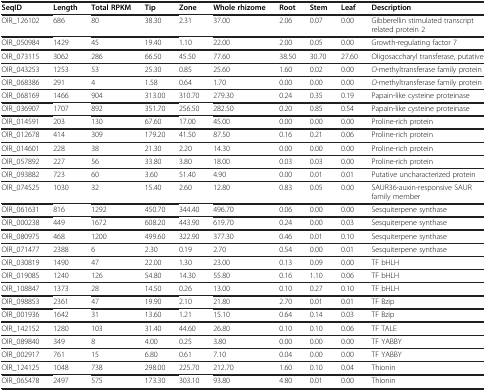
<table><thead><tr><td><b>SeqID</b></td><td><b>Length</b></td><td><b>Total RPKM</b></td><td><b>Tip</b></td><td><b>Zone</b></td><td><b>Whole rhizome</b></td><td><b>Root</b></td><td><b>Stem</b></td><td><b>Leaf</b></td><td><b>Description</b></td></tr></thead><tbody><tr><td>OlR_126102</td><td>686</td><td>80</td><td>38.30</td><td>2.31</td><td>37.00</td><td>2.06</td><td>0.07</td><td>0.00</td><td>Gibberellin stimulated transcript related protein 2</td></tr><tr><td>OlR_050984</td><td>1429</td><td>45</td><td>19.40</td><td>1.10</td><td>22.00</td><td>2.00</td><td>0.05</td><td>0.00</td><td>Growth-regulating factor 7</td></tr><tr><td>OlR_073115</td><td>3062</td><td>286</td><td>66.50</td><td>45.50</td><td>77.60</td><td>38.50</td><td>30.70</td><td>27.60</td><td>Oligosaccharyl transferase, putative</td></tr><tr><td>OlR_043253</td><td>1253</td><td>53</td><td>25.30</td><td>0.85</td><td>25.60</td><td>1.60</td><td>0.02</td><td>0.00</td><td><i>O</i>-methyltransferase family protein</td></tr><tr><td>OlR_068386</td><td>291</td><td>4</td><td>1.58</td><td>0.64</td><td>1.70</td><td>0.00</td><td>0.00</td><td>0.00</td><td><i>O</i>-methyltransferase family protein</td></tr><tr><td>OlR_068169</td><td>1466</td><td>904</td><td>313.00</td><td>310.70</td><td>279.30</td><td>0.24</td><td>0.35</td><td>0.19</td><td>Papain-like cysteine proteinase</td></tr><tr><td>OlR_036907</td><td>1707</td><td>892</td><td>351.70</td><td>256.50</td><td>282.50</td><td>0.20</td><td>0.85</td><td>0.54</td><td>Papain-like cysteine proteinase</td></tr><tr><td>OlR_014591</td><td>203</td><td>130</td><td>67.60</td><td>17.00</td><td>45.00</td><td>0.00</td><td>0.00</td><td>0.00</td><td>Proline-rich protein</td></tr><tr><td>OlR_012678</td><td>414</td><td>309</td><td>179.20</td><td>41.50</td><td>87.50</td><td>0.16</td><td>0.21</td><td>0.06</td><td>Proline-rich protein</td></tr><tr><td>OlR_014601</td><td>228</td><td>38</td><td>21.30</td><td>2.20</td><td>14.30</td><td>0.00</td><td>0.00</td><td>0.00</td><td>Proline-rich protein</td></tr><tr><td>OlR_057892</td><td>227</td><td>56</td><td>33.80</td><td>3.80</td><td>18.00</td><td>0.03</td><td>0.03</td><td>0.00</td><td>Proline-rich protein</td></tr><tr><td>OlR_093882</td><td>723</td><td>60</td><td>3.60</td><td>51.40</td><td>4.90</td><td>0.00</td><td>0.01</td><td>0.01</td><td>Putative uncharacterized protein</td></tr><tr><td>OlR_074525</td><td>1030</td><td>32</td><td>15.40</td><td>2.60</td><td>12.80</td><td>0.83</td><td>0.05</td><td>0.00</td><td>SAUR36-auxin-responsive SAUR family member</td></tr><tr><td>OlR_061631</td><td>816</td><td>1292</td><td>450.70</td><td>344.40</td><td>496.70</td><td>0.06</td><td>0.00</td><td>0.00</td><td>Sesquiterpene synthase</td></tr><tr><td>OlR_000238</td><td>449</td><td>1672</td><td>608.20</td><td>443.90</td><td>619.70</td><td>0.24</td><td>0.00</td><td>0.03</td><td>Sesquiterpene synthase</td></tr><tr><td>OlR_080975</td><td>468</td><td>1200</td><td>499.60</td><td>322.90</td><td>377.30</td><td>0.46</td><td>0.01</td><td>0.10</td><td>Sesquiterpene synthase</td></tr><tr><td>OlR_071477</td><td>2388</td><td>6</td><td>2.30</td><td>0.19</td><td>2.70</td><td>0.54</td><td>0.00</td><td>0.01</td><td>Sesquiterpene synthase</td></tr><tr><td>OlR_030819</td><td>1490</td><td>47</td><td>22.00</td><td>1.30</td><td>23.00</td><td>0.13</td><td>0.09</td><td>0.00</td><td>TF bHLH</td></tr><tr><td>OlR_019085</td><td>1240</td><td>126</td><td>54.80</td><td>14.30</td><td>55.80</td><td>0.16</td><td>1.10</td><td>0.06</td><td>TF bHLH</td></tr><tr><td>OlR_108847</td><td>1373</td><td>28</td><td>14.50</td><td>0.26</td><td>13.00</td><td>0.10</td><td>0.27</td><td>0.10</td><td>TF bHLH</td></tr><tr><td>OlR_098853</td><td>2361</td><td>47</td><td>19.90</td><td>2.10</td><td>21.80</td><td>2.70</td><td>0.01</td><td>0.01</td><td>TF Bzip</td></tr><tr><td>OlR_001936</td><td>1642</td><td>31</td><td>13.60</td><td>1.21</td><td>15.10</td><td>0.64</td><td>0.14</td><td>0.03</td><td>TF Bzip</td></tr><tr><td>OlR_142152</td><td>1280</td><td>103</td><td>31.40</td><td>44.60</td><td>26.80</td><td>0.10</td><td>0.10</td><td>0.06</td><td>TF TALE</td></tr><tr><td>OlR_089840</td><td>349</td><td>8</td><td>4.00</td><td>0.25</td><td>3.80</td><td>0.00</td><td>0.00</td><td>0.00</td><td>TF YABBY</td></tr><tr><td>OlR_002917</td><td>761</td><td>15</td><td>6.80</td><td>0.61</td><td>7.10</td><td>0.04</td><td>0.00</td><td>0.00</td><td>TF YABBY</td></tr><tr><td>OlR_124125</td><td>1048</td><td>738</td><td>298.00</td><td>225.70</td><td>212.70</td><td>1.60</td><td>0.10</td><td>0.04</td><td>Thionin</td></tr><tr><td>OlR_065478</td><td>2497</td><td>575</td><td>173.30</td><td>303.10</td><td>93.80</td><td>4.80</td><td>0.01</td><td>0.00</td><td>Thionin</td></tr></tbody></table>